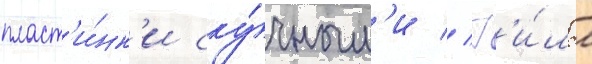
пласт'и́нк'и ску́чным'и // Г'и́лл